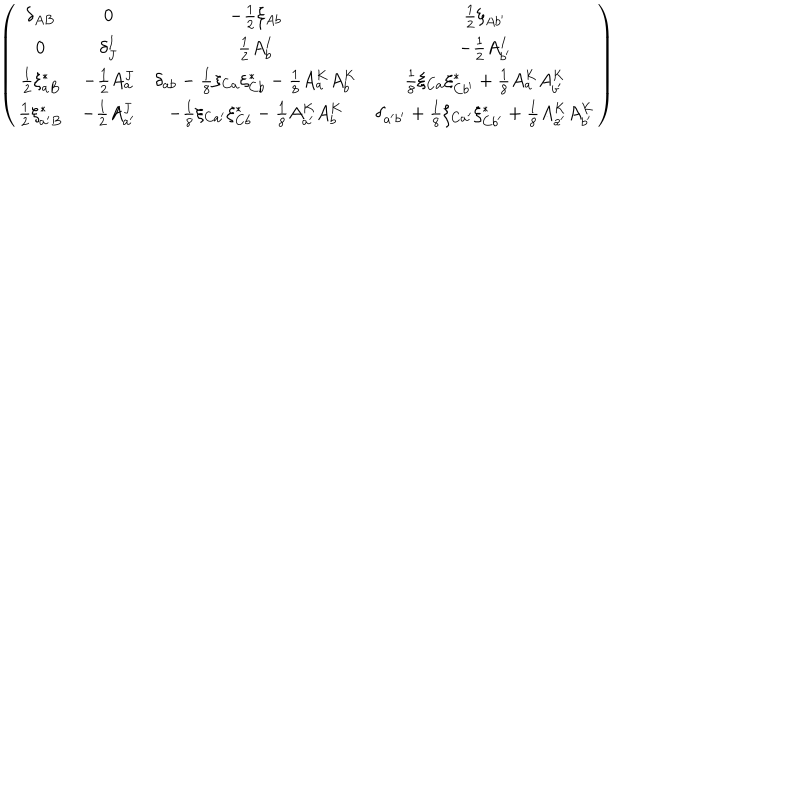
LaTeX: { \left( \begin{matrix} { { { \delta _ { A B } } } } & { { 0 } } & { { { - { \frac { 1 } { 2 } } \xi _ { A b } } } } & { { { { \frac { 1 } { 2 } } \xi _ { A b ^ { \prime } } } } } \\ { { 0 } } & { { { \delta _ { J } ^ { I } } } } & { { { { \frac { 1 } { 2 } } A _ { b } ^ { I } } } } & { { { - { \frac { 1 } { 2 } } A _ { b ^ { \prime } } ^ { I } } } } \\ { { { { \frac { 1 } { 2 } } \xi _ { a B } ^ { * } } } } & { { { - { \frac { 1 } { 2 } } A _ { a } ^ { J } } } } & { { { \delta _ { a b } - { \frac { 1 } { 8 } } \xi _ { C a } \xi _ { C b } ^ { * } - { \frac { 1 } { 8 } } A _ { a } ^ { K } A _ { b } ^ { K } } } } & { { { \frac { 1 } { 8 } } { \xi _ { C a } \xi _ { C b ^ { \prime } } ^ { * } + { \frac { 1 } { 8 } } A _ { a } ^ { K } A _ { b ^ { \prime } } ^ { K } } } } \\ { { { { \frac { 1 } { 2 } } \xi _ { a ^ { \prime } B } ^ { * } } } } & { { { - { \frac { 1 } { 2 } } A _ { a ^ { \prime } } ^ { J } } } } & { { { - { \frac { 1 } { 8 } } \xi _ { C a ^ { \prime } } \xi _ { C b } ^ { * } - { \frac { 1 } { 8 } } A _ { a ^ { \prime } } ^ { K } A _ { b } ^ { K } } } } & { { { \delta _ { a ^ { \prime } b ^ { \prime } } + { \frac { 1 } { 8 } } \xi _ { C a ^ { \prime } } \xi _ { C b ^ { \prime } } ^ { * } + { \frac { 1 } { 8 } } A _ { a ^ { \prime } } ^ { K } A _ { b ^ { \prime } } ^ { K } } } } \\ \end{matrix} \right) }